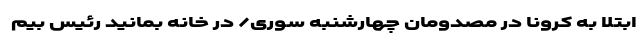
ابتلا به کرونا در مصدومان چهارشنبه ‌سوری/ در خانه بمانید رئیس بیم